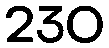
230